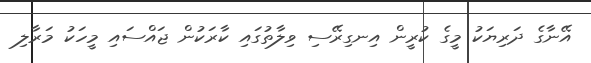
އޭނާގެ ދަރިޔަކު މީގެ ކުރީން އިނގިރޭސި ވިލާތުގައި ކާރަކުން ޖައްސައި މީހަކު މަރާލި